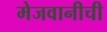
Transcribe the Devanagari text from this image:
मेजवानीची